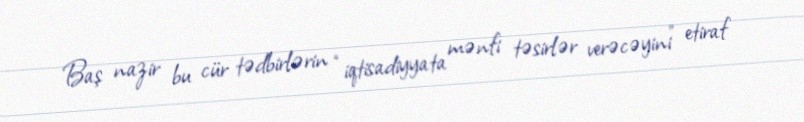
Baş nazir bu cür tədbirlərin “iqtisadiyyata mənfi təsirlər verəcəyini” etiraf